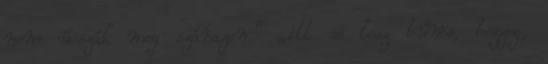
nem ússzák meg szárazon.” „itt se lesz bűnös, bezzeg,